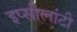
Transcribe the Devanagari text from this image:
इप्सीलांटी